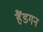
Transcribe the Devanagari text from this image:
हैंडगन